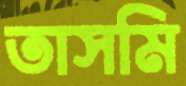
তাসমি